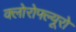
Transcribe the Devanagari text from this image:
क्लोरोफ्ल्यूरो